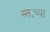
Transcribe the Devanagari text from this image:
स्तःच्या